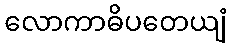
လောကာဓိပတေယျံ